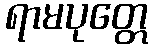
ရာမပုတ္တေ